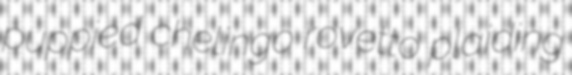
puppied chelingo rovetto plaiding